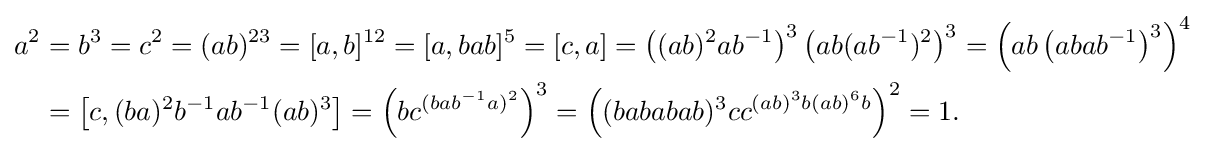
{\begin{aligned}a^{2}&=b^{3}=c^{2}=(ab)^{23}=[a,b]^{12}=[a,bab]^{5}=[c,a]=\left((ab)^{2}ab^{-1}\right)^{3}\left(ab(ab^{-1})^{2}\right)^{3}=\left(ab\left(abab^{-1}\right)^{3}\right)^{4}\\&=\left[c,(ba)^{2}b^{-1}ab^{-1}(ab)^{3}\right]=\left(bc^{(bab^{-1}a)^{2}}\right)^{3}=\left((bababab)^{3}cc^{(ab)^{3}b(ab)^{6}b}\right)^{2}=1.\end{aligned}}